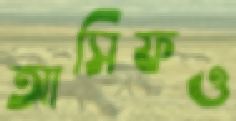
আসিফও